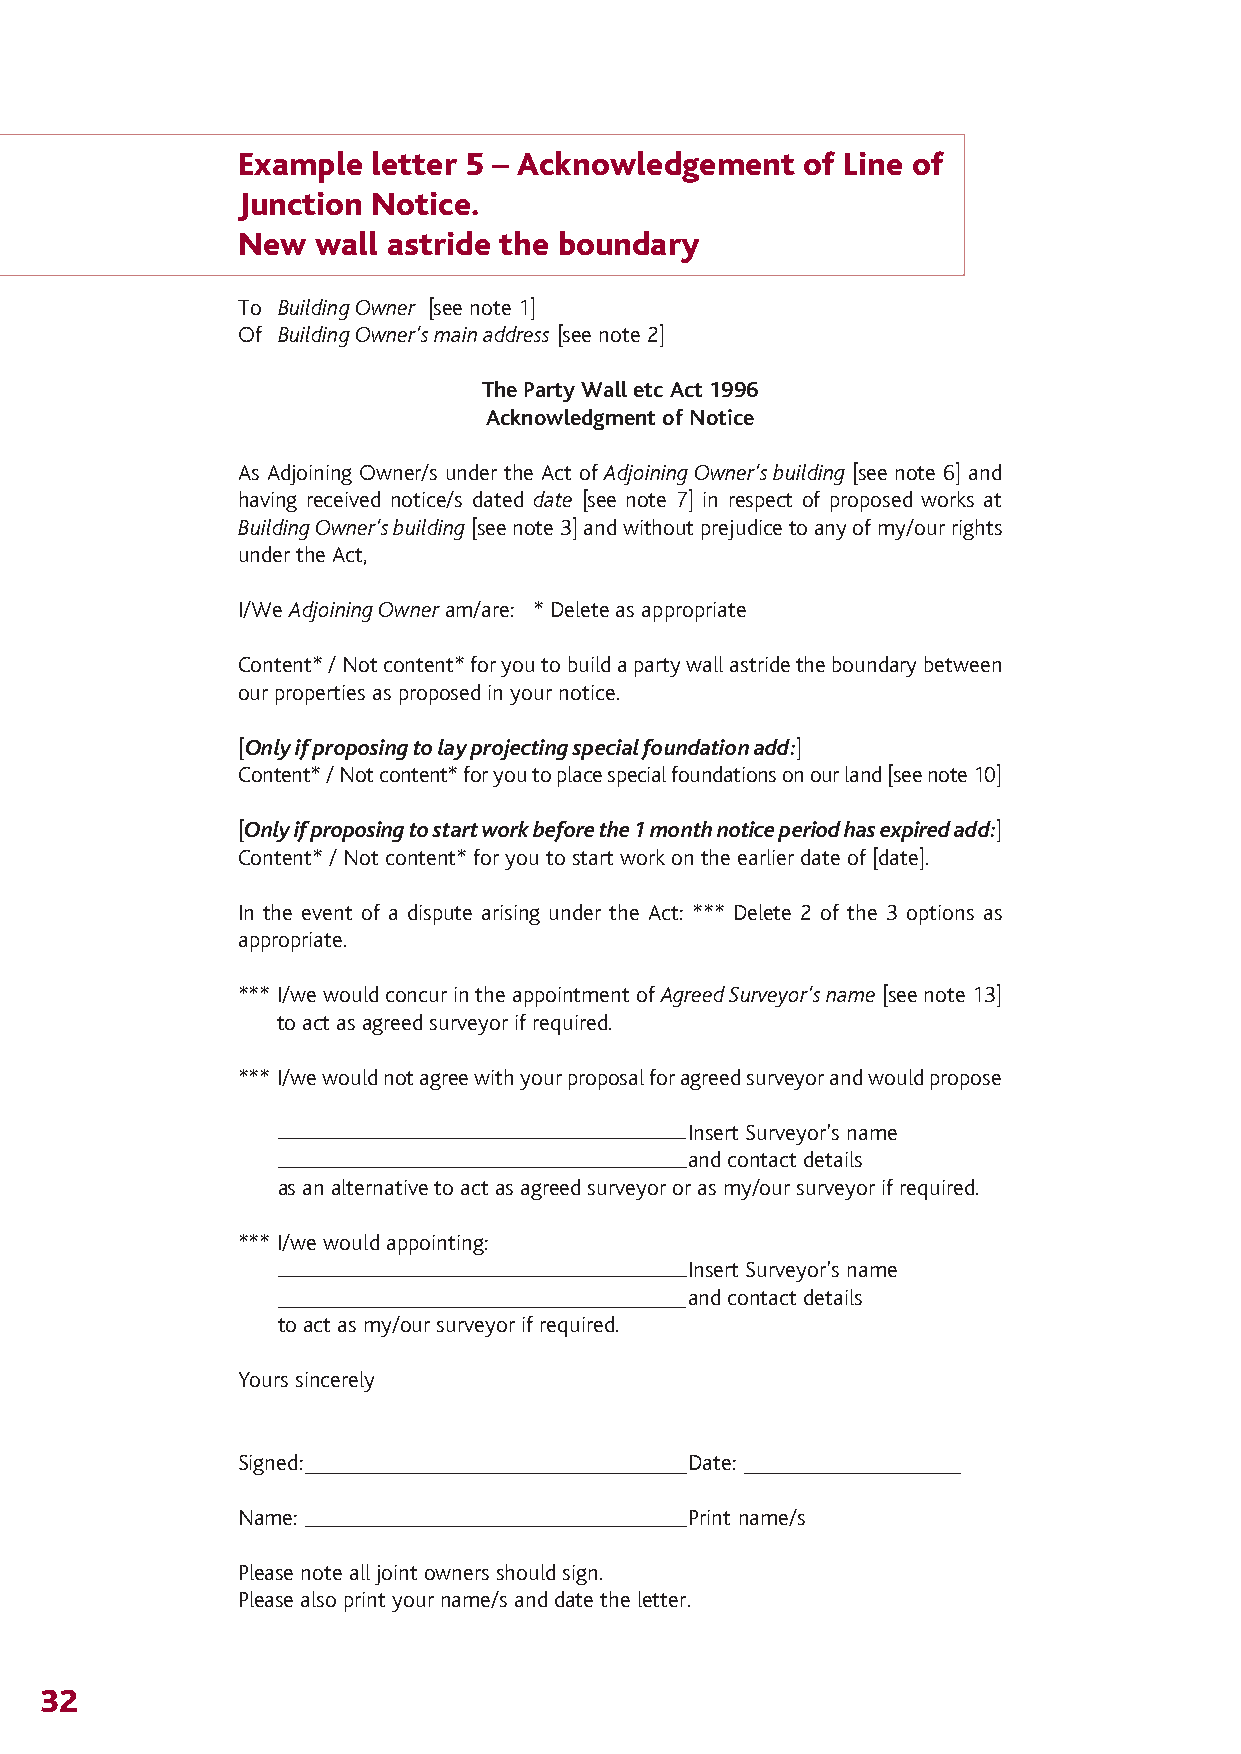
The Party Wall 12/4/07 14:28 Page 35
 Example letter 5 – Acknowledgement   of Line of
 Junction Notice.
 New  wall astride the boundary
 To Building Owner [see note 1]
 Of Building Owner’s main address [see note 2]
 The Party Wall etc Act 1996
 Acknowledgment of Notice
 As Adjoining Owner/s under the Act of Adjoining Owner’s building [see note 6] and
 having received notice/s dated date [see note 7] in respect of proposed works at
 Building Owner’s building[see note 3] and without prejudice to any of my/our rights
 under the Act,
 I/We Adjoining Owner am/are: * Delete as appropriate
 Content* / Not content* for you to build a party wall astride the boundary between
 our properties as proposed in your notice.
 [Only if proposing to lay projecting special foundation add:]
 Content* / Not content* for you to place special foundations on our land [see note 10]
 [Only if proposing to start work before the 1 month notice period has expired add:]
 Content* / Not content* for you to start work on the earlier date of [date].
 In the event of a dispute arising under the Act: *** Delete 2 of the 3 options as
 appropriate.
 *** I/we would concur in the appointment of Agreed Surveyor’s name[see note 13]
 to act as agreed surveyor if required.
 *** I/we would not agree with your proposal for agreed surveyor and would propose
 Insert Surveyor’s name
 and contact details
 as an alternative to act as agreed surveyor or as my/our surveyor if required.
 *** I/we would appointing:
 Insert Surveyor’s name
 and contact details
 to act as my/our surveyor if required.
 Yours sincerely
 Signed:                      Date:
 Name:                        Print name/s
 Please note all joint owners should sign.
 Please also print your name/s and date the letter.
 32